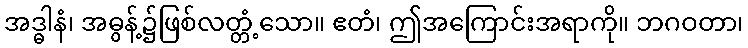
အဒ္ဓါနံ၊ အဓွန့်၌ဖြစ်လတ္တံ့သော။ ဧတံ၊ ဤအကြောင်းအရာကို။ ဘဂဝတာ၊